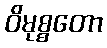
ဝိမုစ္စတော